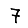
Digit: 7